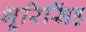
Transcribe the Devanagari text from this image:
भूरिसिंह